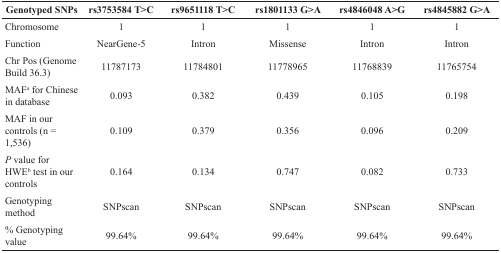
| Genotyped SNPs | rs3753584 T>C | rs9651118 T>C | rs1801133 G>A | rs4846048 A>G | rs4845882 G>A |
 | --- | --- | --- | --- | --- | --- |
 | Chromosome | 1 | 1 | 1 | 1 | 1 |
 | Function | NearGene-5 | Intron | Missense | Intron | Intron |
 | Chr Pos (Genome Build 36.3) | 11787173 | 11784801 | 11778965 | 11768839 | 11765754 |
 | MAFa for Chinese in database | 0.093 | 0.382 | 0.439 | 0.105 | 0.198 |
 | MAF in our controls (n = 1,536) | 0.109 | 0.379 | 0.356 | 0.096 | 0.209 |
 | P value for HWEb test in our controls | 0.164 | 0.134 | 0.747 | 0.082 | 0.733 |
 | Genotyping method | SNPscan | SNPscan | SNPscan | SNPscan | SNPscan |
 | % Genotyping value | 99.64% | 99.64% | 99.64% | 99.64% | 99.64% |